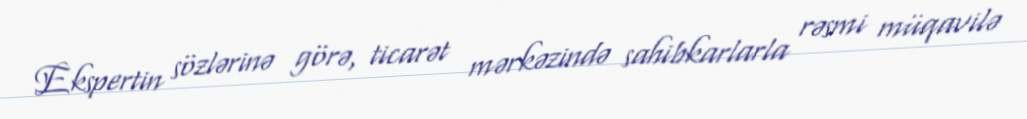
Ekspertin sözlərinə görə, ticarət mərkəzində sahibkarlarla rəsmi müqavilə